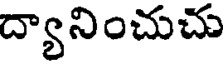
ద్యానించుచు